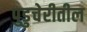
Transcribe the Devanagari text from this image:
पुडुचेरीतील